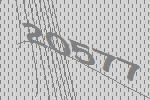
20577